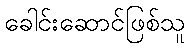
ခေါင်းဆောင်ဖြစ်သူ